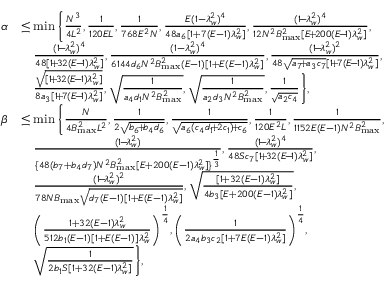
\begin{array} { r l } { \alpha } & { \leq \operatorname* { m i n } \bigg \{ \frac { N ^ { 3 } } { 4 L ^ { 2 } } , \frac { 1 } { 1 2 0 E L } , \frac { 1 } { 7 6 8 E ^ { 2 } N } , \frac { E ( 1 - \lambda _ { w } ^ { 2 } ) ^ { 4 } } { 4 8 a _ { 6 } [ 1 + 7 ( E - 1 ) \lambda _ { w } ^ { 2 } ] } , \frac { ( 1 \! - \! \lambda _ { w } ^ { 2 } ) ^ { 4 } } { 1 2 N ^ { 2 } B _ { \operatorname* { m a x } } ^ { 2 } [ E \! + \! 2 0 0 ( E \! - \! 1 ) \lambda _ { w } ^ { 2 } ] } , } \\ & { ~ ~ ~ \frac { ( 1 \! - \! \lambda _ { w } ^ { 2 } ) ^ { 4 } } { 4 8 [ 1 \! + \! 3 2 ( E \! - \! 1 ) \lambda _ { w } ^ { 2 } ] } , \frac { ( 1 - \lambda _ { w } ^ { 2 } ) ^ { 4 } } { 6 1 4 4 d _ { 6 } N ^ { 2 } B _ { \operatorname* { m a x } } ^ { 2 } ( E - 1 ) [ 1 + E ( E - 1 ) \lambda _ { w } ^ { 2 } ] } , \frac { ( 1 \! - \! \lambda _ { w } ^ { 2 } ) ^ { 2 } } { 4 8 \sqrt { a _ { 7 } \! + \! a _ { 3 } c _ { 7 } } [ 1 \! + \! 7 ( E \! - \! 1 ) \lambda _ { w } ^ { 2 } ] } , } \\ & { ~ ~ ~ \frac { \sqrt { [ 1 \! + \! 3 2 ( E \! - \! 1 ) \lambda _ { w } ^ { 2 } ] } } { 8 a _ { 3 } [ 1 \! + \! 7 ( E \! - \! 1 ) \lambda _ { w } ^ { 2 } ] } , \sqrt { \frac { 1 } { a _ { 4 } d _ { 1 } N ^ { 2 } B _ { \operatorname* { m a x } } ^ { 2 } } } , \sqrt { \frac { 1 } { a _ { 2 } d _ { 3 } N ^ { 2 } B _ { \operatorname* { m a x } } ^ { 2 } } } , \frac { 1 } { \sqrt { a _ { 2 } c _ { 4 } } } \bigg \} , } \\ { \beta } & { \leq \operatorname* { m i n } \bigg \{ \frac { N } { 4 B _ { \operatorname* { m a x } } ^ { 2 } L ^ { 2 } } , \frac { 1 } { 2 \sqrt { b _ { 6 } \! + \! b _ { 4 } d _ { 6 } } } , \frac { 1 } { \sqrt { a _ { 6 } ( c _ { 4 } d _ { 1 } \! + \! 2 c _ { 1 } ) \! + \! c _ { 6 } } } , \frac { 1 } { 1 2 0 E ^ { 2 } L } , \frac { 1 } { 1 1 5 2 E ( E - 1 ) N ^ { 2 } B _ { \operatorname* { m a x } } ^ { 2 } } , } \\ & { ~ ~ ~ \frac { ( 1 \! - \! \lambda _ { w } ^ { 2 } ) } { \{ 4 8 ( b _ { 7 } + b _ { 4 } d _ { 7 } ) N ^ { 2 } B _ { \operatorname* { m a x } } ^ { 2 } [ E + 2 0 0 ( E - 1 ) \lambda _ { w } ^ { 2 } ] \} ^ { \frac { 1 } { 3 } } } , \frac { ( 1 \! - \! \lambda _ { w } ^ { 2 } ) ^ { 4 } } { 4 8 S c _ { 7 } [ 1 \! + \! 3 2 ( E \! - \! 1 ) \lambda _ { w } ^ { 2 } ] } , } \\ & { ~ ~ ~ \frac { ( 1 \! - \! \lambda _ { w } ^ { 2 } ) ^ { 2 } } { 7 8 N B _ { \operatorname* { m a x } } \sqrt { d _ { 7 } ( E - 1 ) [ 1 + E ( E - 1 ) \lambda _ { w } ^ { 2 } ] } } , \sqrt { \frac { [ 1 + 3 2 ( E - 1 ) \lambda _ { w } ^ { 2 } ] } { 4 b _ { 3 } [ E + 2 0 0 ( E - 1 ) \lambda _ { w } ^ { 2 } ] } } , } \\ & { ~ ~ ~ \bigg ( \frac { 1 + 3 2 ( E - 1 ) \lambda _ { w } ^ { 2 } } { 5 1 2 b _ { 1 } ( E - 1 ) [ 1 + E ( E - 1 ) ] \lambda _ { w } ^ { 2 } } \bigg ) ^ { \frac { 1 } { 4 } } , \bigg ( \frac { 1 } { 2 a _ { 4 } b _ { 3 } c _ { 2 } [ 1 + 7 E ( E - 1 ) \lambda _ { w } ^ { 2 } ] } \bigg ) ^ { \frac { 1 } { 4 } } , } \\ & { ~ ~ ~ \sqrt { \frac { 1 } { 2 b _ { 1 } S [ 1 + 3 2 ( E - 1 ) \lambda _ { w } ^ { 2 } ] } } \bigg \} , } \end{array}